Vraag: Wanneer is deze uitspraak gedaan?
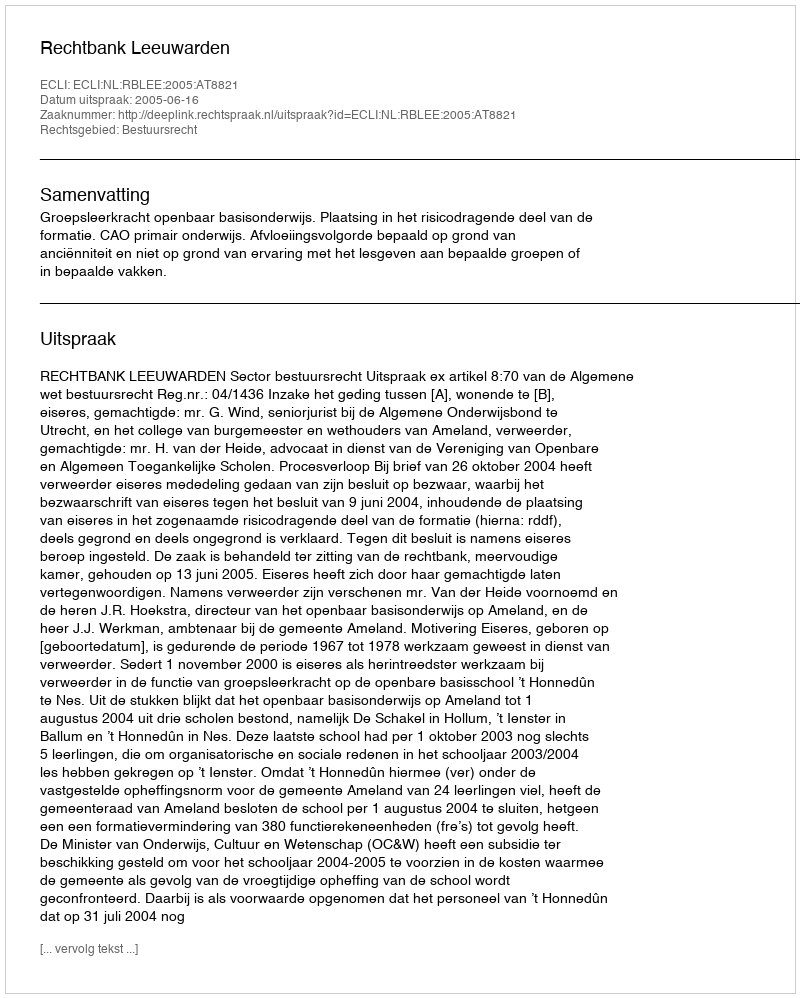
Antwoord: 2005-06-16